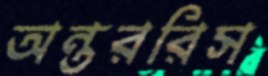
অন্তররিস